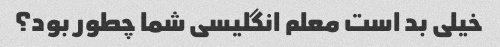
خیلی بد است معلم انگلیسی شما چطور بود؟